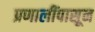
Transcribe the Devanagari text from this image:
प्रणालींपासून